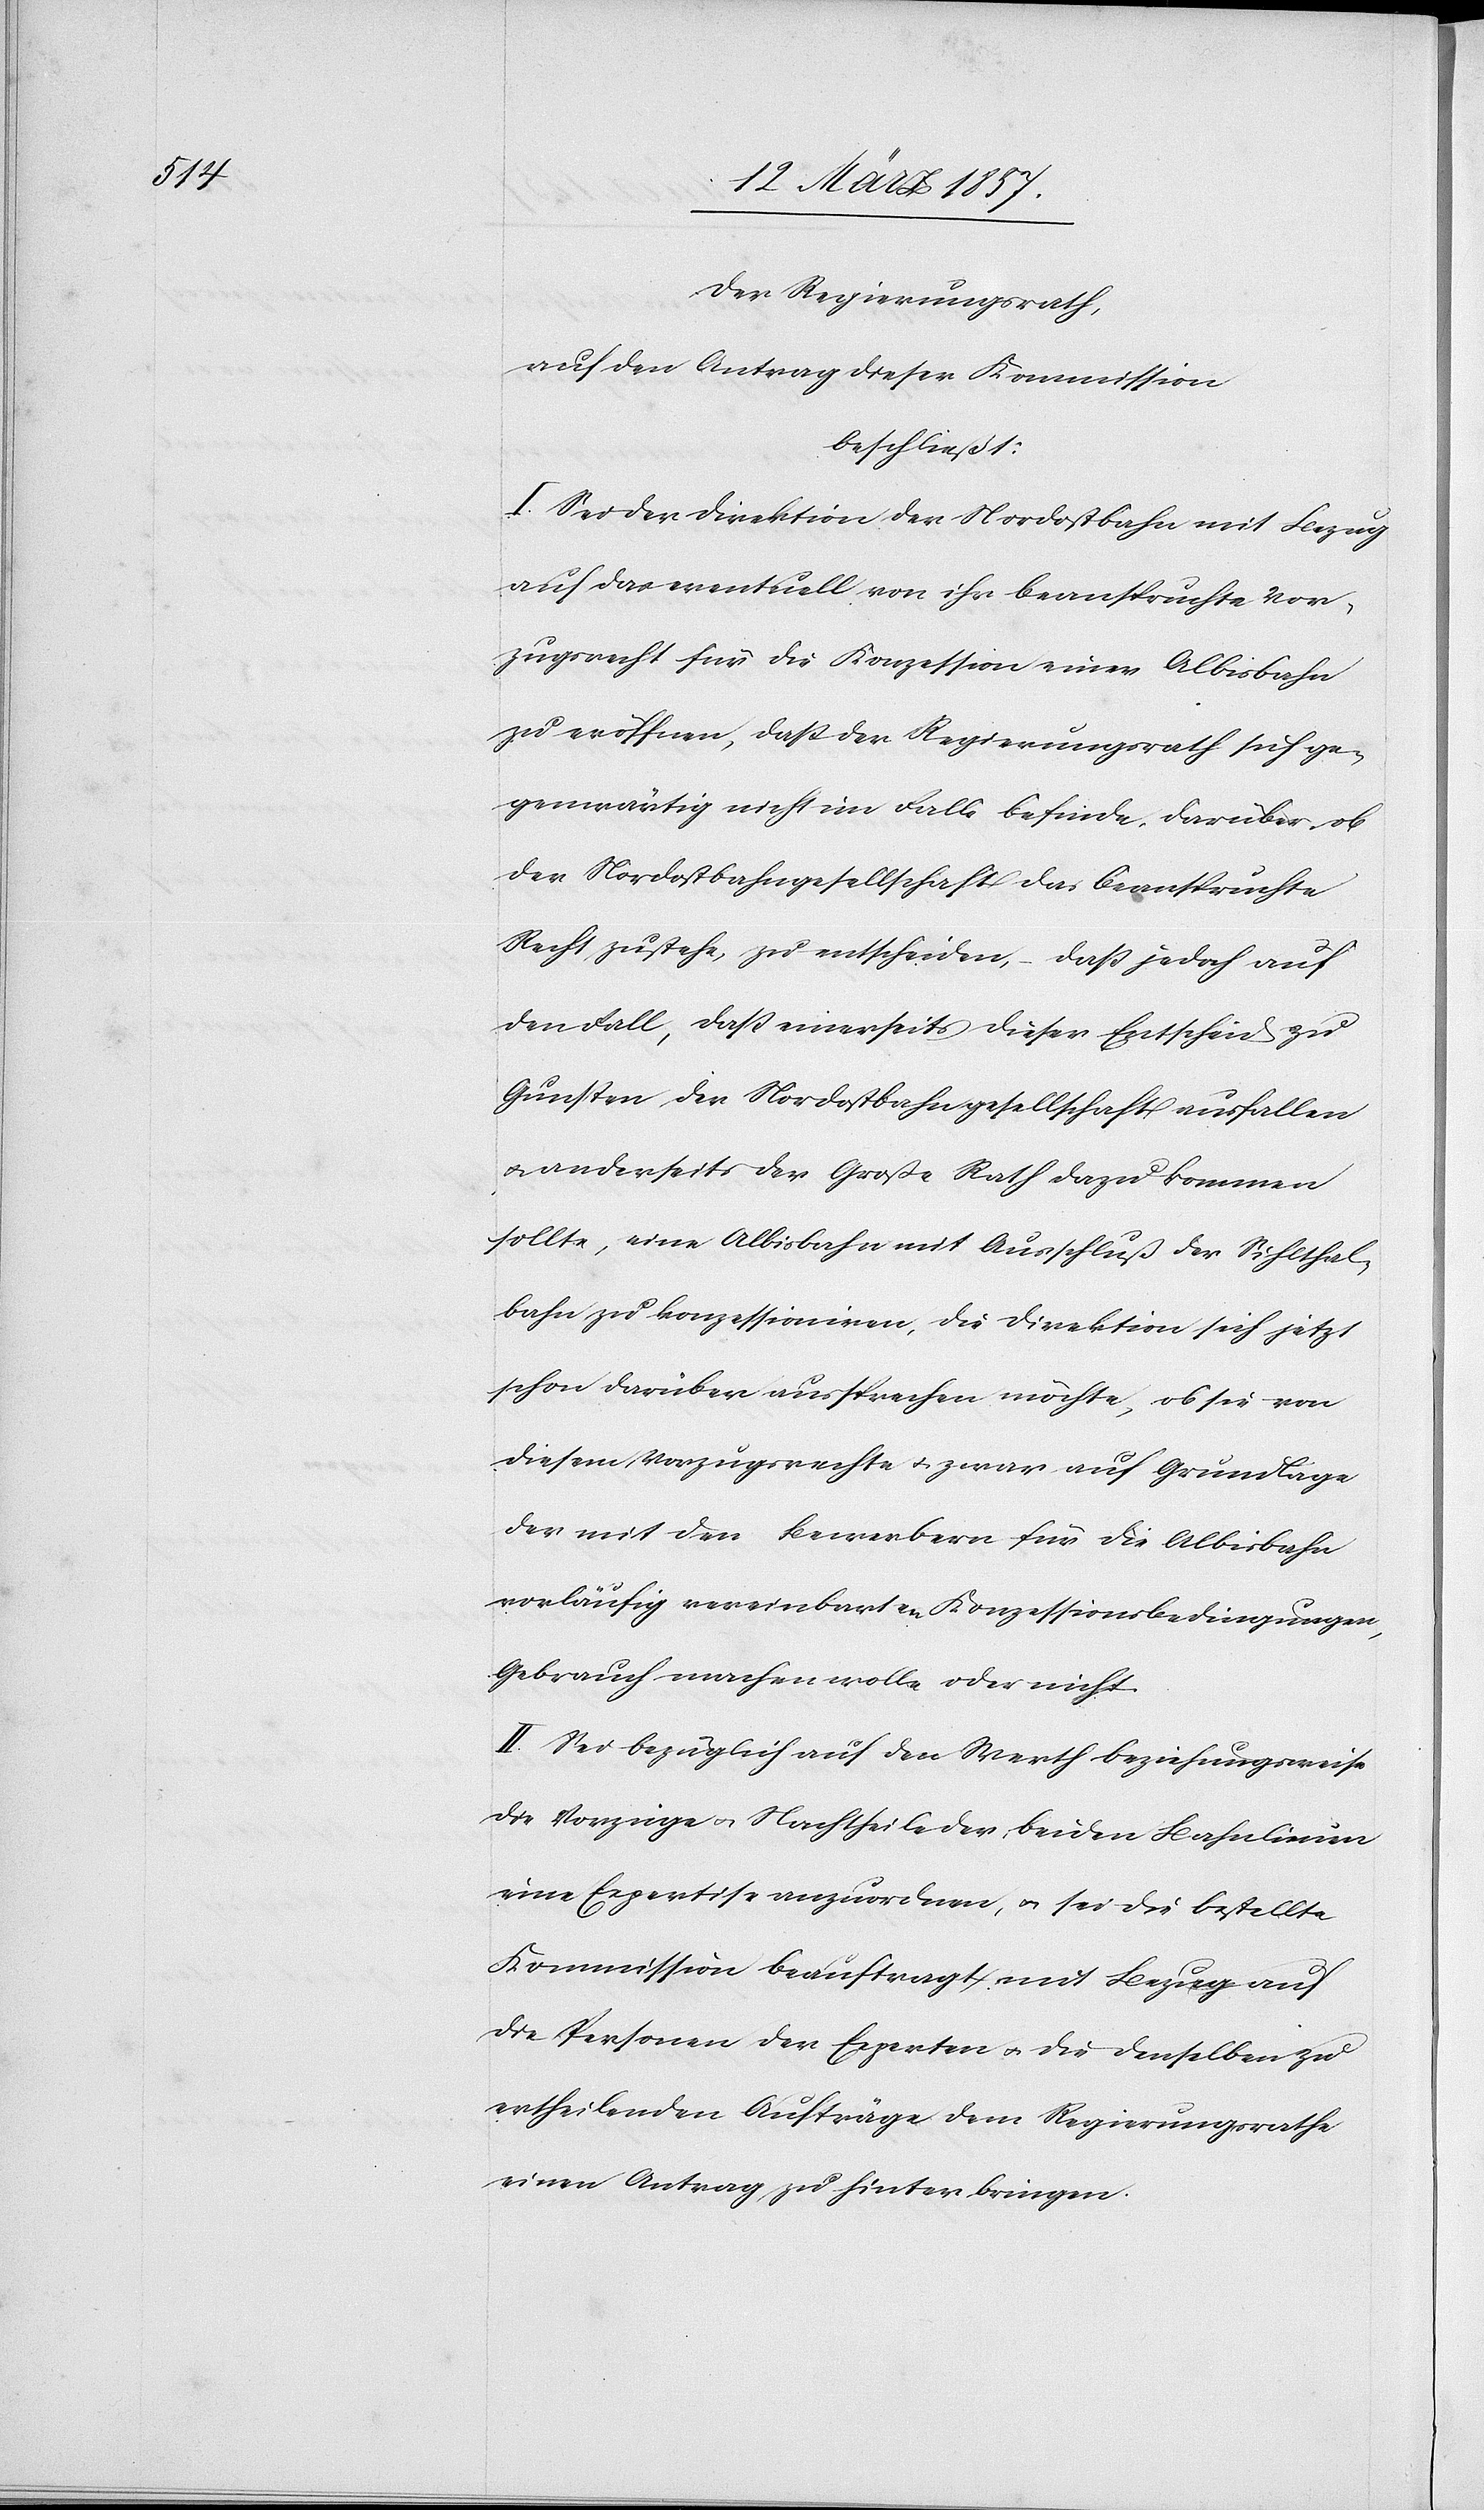
Der Regierungsrath,
auf den Antrag dieser Kommission
beschließt:
I. Sei der Direktion der Nordostbahn mit Bezug
auf das eventuell von ihr beanspruchte Vor¬
zugsrecht für die Konzession einer Albisbahn
zu eröffnen, daß der Regierungsrath sich ge¬
genwärtig nicht im Falle befinde, darüber, ob
der Nordostbahngesellschaft das beanspruchte
Recht zustehe, zu entscheiden, daß jedoch auf
den Fall, daß einerseits dieser Entscheid zu
Gunsten der Nordostbahngesellschaft ausfallen
u. anderseits der Große Rath dazu kommen
sollte, eine Albisbahn mit Ausschluß der Sihlthal¬
bahn zu konzessioniren, die Direktion sich jetzt
schon darüber aussprechen möchte, ob sie von
diesem Vorzugsrechte u. zwar auf Grundlage
der mit den Bewerbern für die Albisbahn
vorläufig vereinbarten Konzessionsbedingungen,
Gebrauch machen wolle oder nicht.
II. Sei bezüglich auf den Werth beziehungsweise
die Vorzüge u. Nachtheile der beiden Bahnlinien
eine Expertise anzuordnen, u. sei die bestellte
Kommission beauftragt, mit Bezug auf
die Personen der Experten u. die denselben zu
ertheilenden Aufträge dem Regierungsrathe
einen Antrag zu hinterbringen.